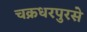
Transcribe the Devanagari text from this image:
चक्रधरपुरसे